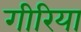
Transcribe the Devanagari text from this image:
गीरिया